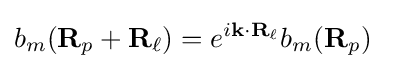
b_{m}(\mathbf {R} _{p}+\mathbf {R} _{\ell })=e^{i\mathbf {k\cdot R_{\ell }} }b_{m}(\mathbf {R} _{p})\